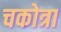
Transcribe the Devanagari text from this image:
चकोत्रा